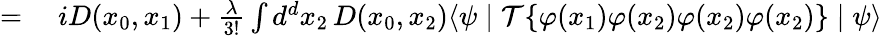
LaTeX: \begin{array}{rl}{={}}&{{}iD(x_{0},x_{1})+{\frac{\lambda}{3!}}\int d^{d}x_{2}\, D(x_{0},x_{2})\langle\psi\mid{\mathcal{T}}\{ \varphi(x_{1})\varphi(x_{2})\varphi(x_{2})\varphi(x_{2})\} \mid\psi\rangle}\end{array}